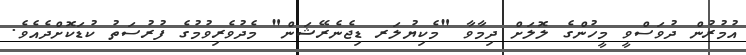
އުމުރުން ދުވަސްވީ މީހުންގެ ލޮލަށް ދިމާވާ "މެކިޔުލަރ ޑިޖެނެރޭޝަން" މެދުވެރިވުމުގެ ފުރުސަތު ކުޑަކޮށްދެއެވެ.